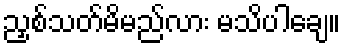
ညှစ်သတ်မိမည်လား မသိပါချေ။